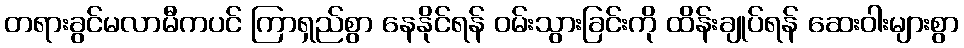
တရားခွင်မလာမီကပင် ကြာရှည်စွာ နေနိုင်ရန် ဝမ်းသွားခြင်းကို ထိန်းချုပ်ရန် ဆေးဝါးများစွာ